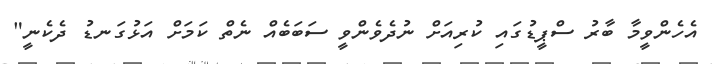
އެހެންވީމާ ބާރު ސްޕީޑުގައި ކުރިއަށް ނުދެވެންވީ ސަބަބެއް ނެތް ކަމަށް އަޅުގަނޑު ދެކެނީ"